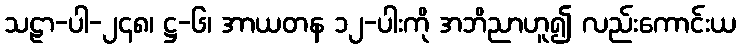
သဠာ-ပါ-၂၄၈၊ ဋ္ဌ-၆၊ အာယတန ၁၂-ပါးကို အဘိညာဟူ၍ လည်းကောင်းယ